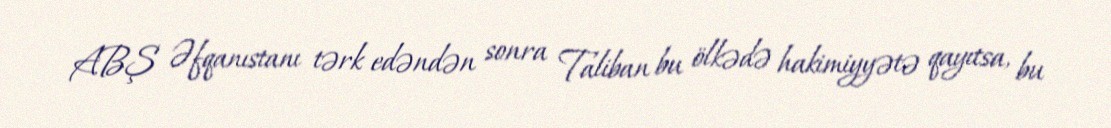
ABŞ Əfqanıstanı tərk edəndən sonra Taliban bu ölkədə hakimiyyətə qayıtsa, bu